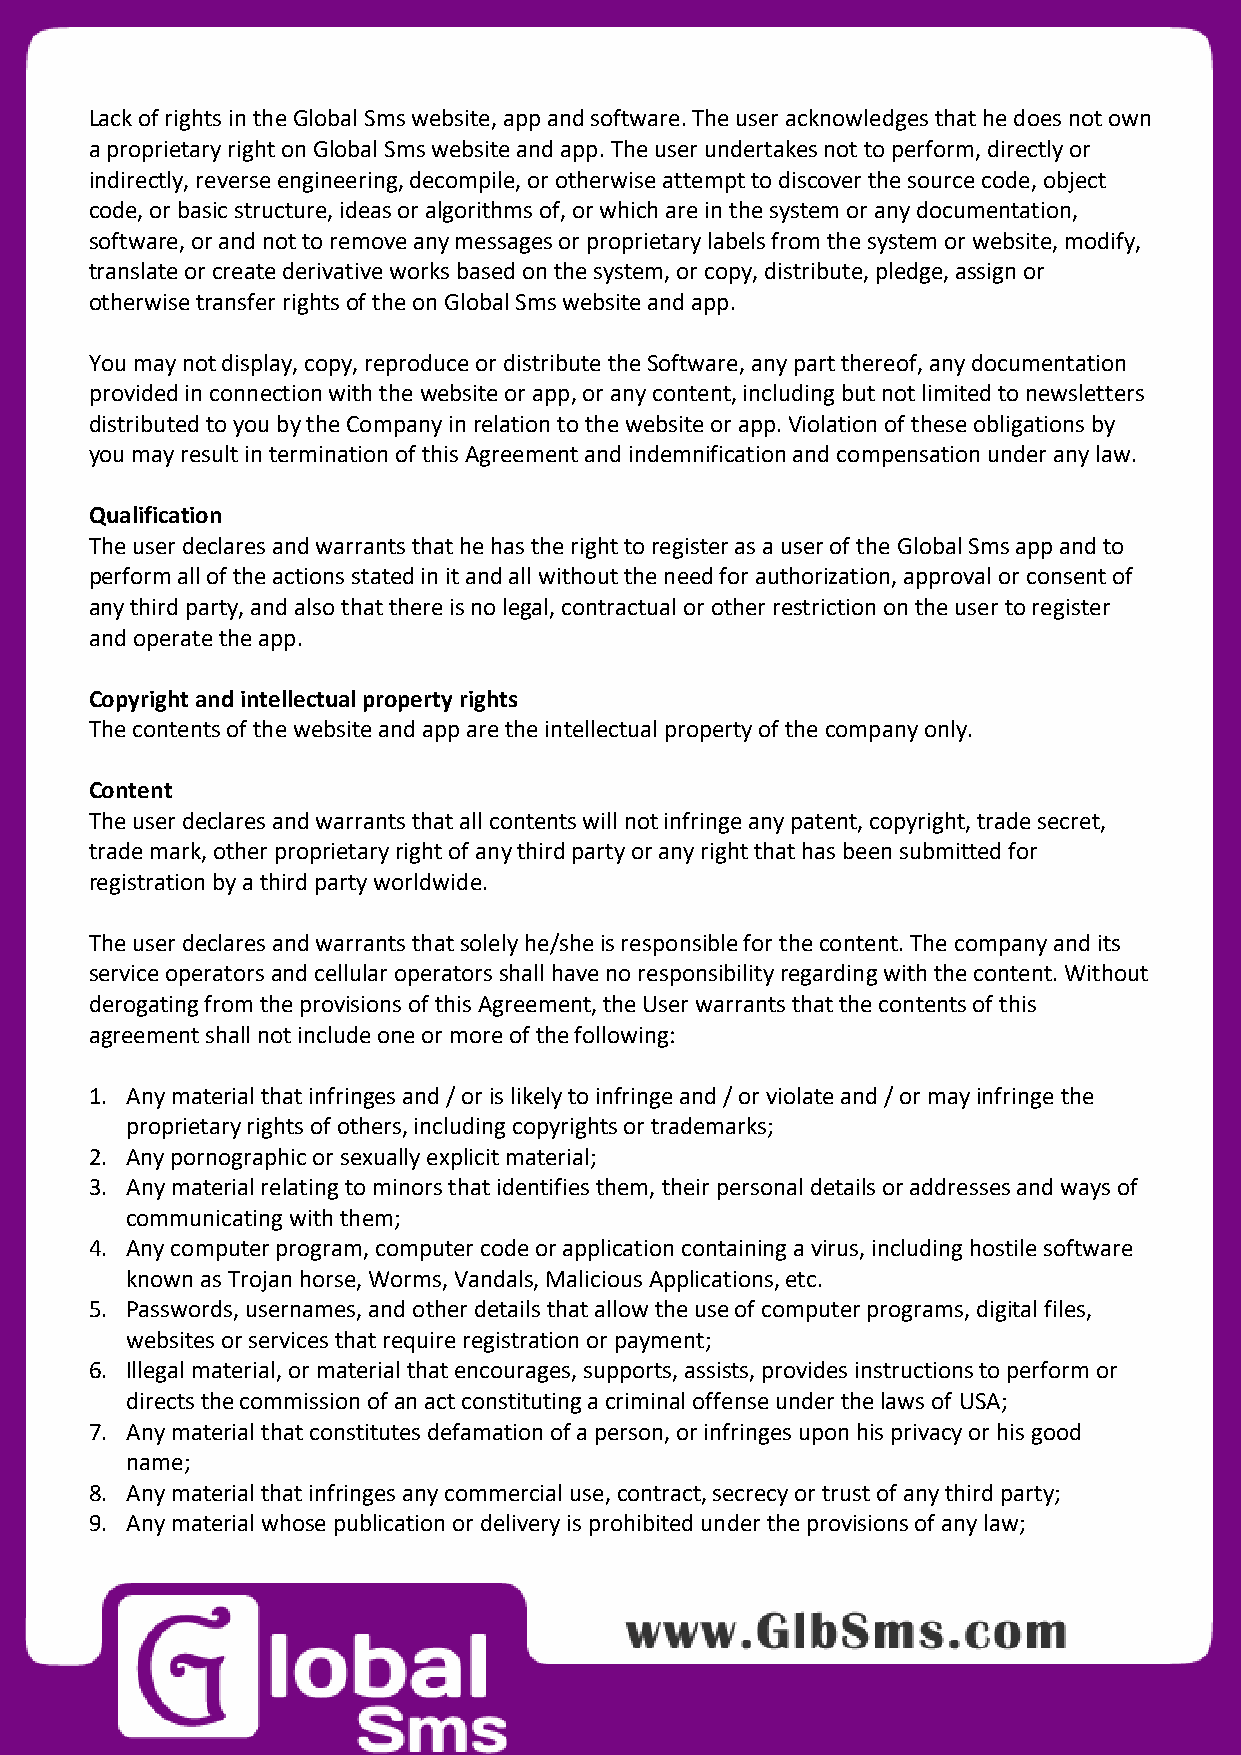
Lack of rights in the Global Sms website, app and software. The user acknowledges that he does not own
 a proprietary right on Global Sms website and app. The user undertakes not to perform, directly or
 indirectly, reverse engineering, decompile, or otherwise attempt to discover the source code, object
 code, or basic structure, ideas or algorithms of, or which are in the system or any documentation,
 software, or and not to remove any messages or proprietary labels from the system or website, modify,
 translate or create derivative works based on the system, or copy, distribute, pledge, assign or
 otherwise transfer rights of the on Global Sms website and app.
 You may not display, copy, reproduce or distribute the Software, any part thereof, any documentation
 provided in connection with the website or app, or any content, including but not limited to newsletters
 distributed to you by the Company in relation to the website or app. Violation of these obligations by
 you may result in termination of this Agreement and indemnification and compensation under any law.
 Qualification
 The user declares and warrants that he has the right to register as a user of the Global Sms app and to
 perform all of the actions stated in it and all without the need for authorization, approval or consent of
 any third party, and also that there is no legal, contractual or other restriction on the user to register
 and operate the app.
 Copyright and intellectual property rights
 The contents of the website and app are the intellectual property of the company only.
 Content
 The user declares and warrants that all contents will not infringe any patent, copyright, trade secret,
 trade mark, other proprietary right of any third party or any right that has been submitted for
 registration by a third party worldwide.
 The user declares and warrants that solely he/she is responsible for the content. The company and its
 service operators and cellular operators shall have no responsibility regarding with the content. Without
 derogating from the provisions of this Agreement, the User warrants that the contents of this
 agreement shall not include one or more of the following:
 1. Any material that infringes and / or is likely to infringe and / or violate and / or may infringe the
 proprietary rights of others, including copyrights or trademarks;
 2. Any pornographic or sexually explicit material;
 3. Any material relating to minors that identifies them, their personal details or addresses and ways of
 communicating with them;
 4. Any computer program, computer code or application containing a virus, including hostile software
 known as Trojan horse, Worms, Vandals, Malicious Applications, etc.
 5. Passwords, usernames, and other details that allow the use of computer programs, digital files,
 websites or services that require registration or payment;
 6. Illegal material, or material that encourages, supports, assists, provides instructions to perform or
 directs the commission of an act constituting a criminal offense under the laws of USA;
 7. Any material that constitutes defamation of a person, or infringes upon his privacy or his good
 name;
 8. Any material that infringes any commercial use, contract, secrecy or trust of any third party;
 9. Any material whose publication or delivery is prohibited under the provisions of any law;
 3